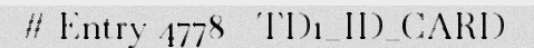
# Entry 4778 - TD1_ID_CARD